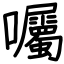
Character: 囑